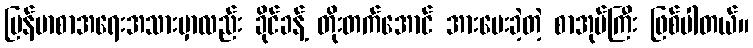
မြန်မာစာအရေးအသားမှာလည်း ခိုင်ခန့် တိုးတက်အောင် အားပေးခဲ့တဲ့ စာအုပ်ကြီး ဖြစ်ပါတယ်။